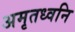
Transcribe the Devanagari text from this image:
अमृतध्वनि